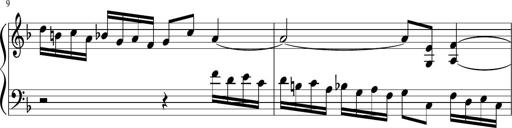
Title: Sonatina di Santa Gemma, JKB 12
Composer: Jason Baruk
Key: F major